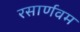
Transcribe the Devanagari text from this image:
रसार्णवम